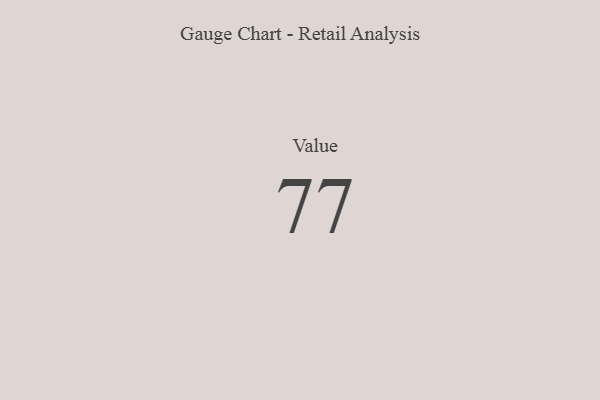
{"axis": {"x": "Metric", "y": "Value"}, "legend": [""], "data": [{"x": "Value", "y": 77, "type": ""}]}